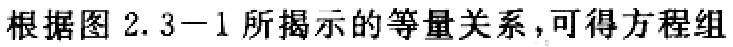
根据图 2.3−1 所揭示的等量关系，可得方程组